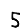
Digit: 5